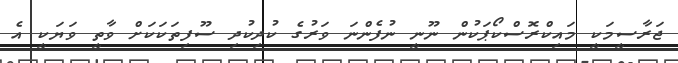
ޖަރާސީމަކީ މައިކްރޮސްކޯޕަކުން ނޫނީ ނުފެންނަ ވަރުގެ ކުދިކުދި ސޫފިތަކަކަށް ވާތީ ވަޔަކީ އެ